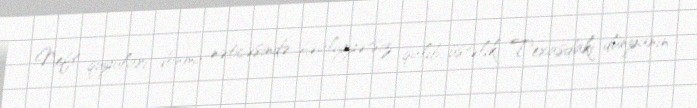
Neft quyuları donma nəticəsində fəaliyyətsiz qalıb, üstəlik, Texasdakı dünyanın